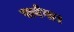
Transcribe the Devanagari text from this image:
पावेगा।